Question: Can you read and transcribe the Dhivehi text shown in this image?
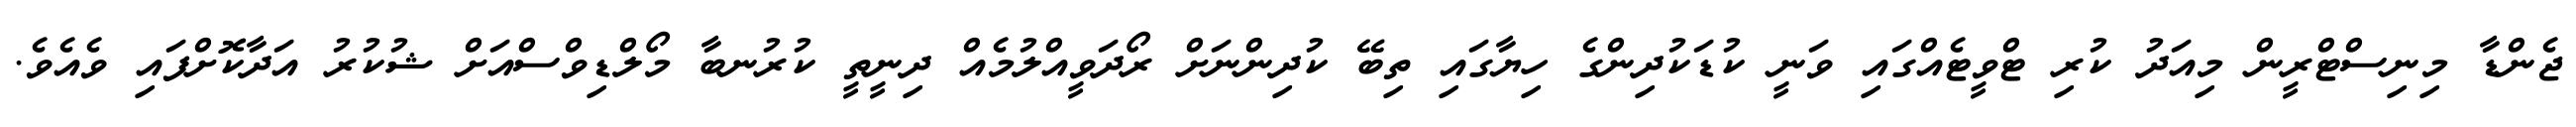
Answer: ޖެންޑާ މިނިސްޓްރީން މިއަދު ކުރި ޓްވީޓެއްގައި ވަނީ ކުޑަކުދިންގެ ހިޔާގައި ތިބޭ ކުދިންނަށް ރޯދަވީއްލުމެއް ދިނީތީ ކުރުނބާ މޯލްޑިވްސްއަށް ޝުކުރު އަދާކޮށްފައި ވެއެވެ.